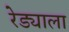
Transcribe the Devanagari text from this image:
रेड्याला